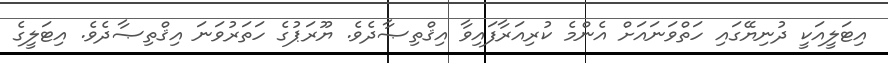
އިޓަލީއަކީ ދުނިޔޭގައި ހަތްވަނައަށް އެންމެ ކުރިއަރާފައިވާ އިޤްތިޞާދެވެ. ޔޫރަޕުގެ ހަތަރުވަނަ އިޤްތިޞާދެވެ. އިޓަލީގެ